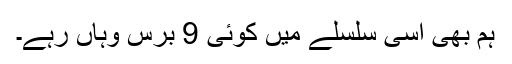
ہم بھی اسی سلسلے میں کوئی 9 برس وہاں رہے۔